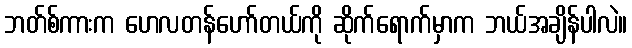
ဘတ်စ်ကားက ဟေလတန်ဟော်တယ်ကို ဆိုက်ရောက်မှာက ဘယ်အချိန်ပါလဲ။